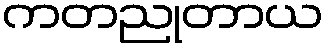
ကတညုတာယ